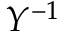
Y ^ { - 1 }